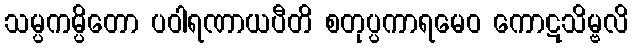
သမ္ပကမ္ပိတော ပဝါရဏာယပီတိ စတုပ္ပကာရမေဝ ကောဋသိမ္ဗလိ